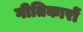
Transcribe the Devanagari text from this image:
गीतिकारों